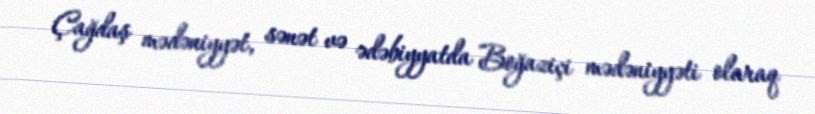
Çağdaş mədəniyyət, sənət və ədəbiyyatda Boğaziçi mədəniyyəti olaraq